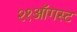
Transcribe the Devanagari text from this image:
२१ऑगस्ट